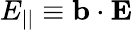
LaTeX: E_{||}\equiv\mathbf{b}\cdot\mathbf{E}